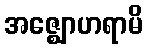
အဇ္ဈောဟရာမိ